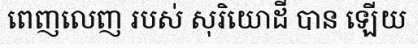
ពេញលេញ របស់ សុរិយោដី បាន ឡើយ